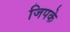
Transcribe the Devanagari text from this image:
जिपके